Vaccine operations Central Provinces 1886-1899 - 1886-1899
Year: 1886
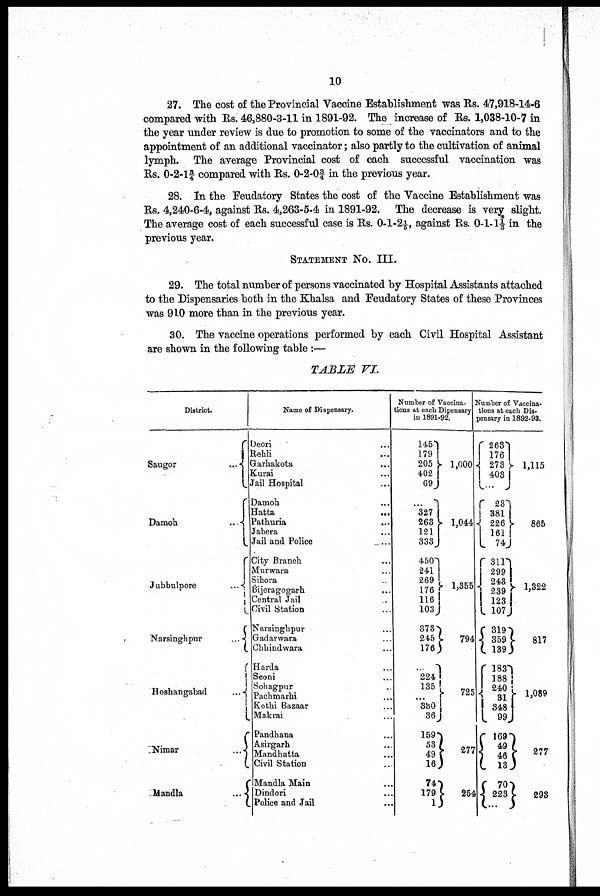
10
27. The cost of the Provincial Vaccine Establishment was Rs. 47,918-14-6
compared with Rs. 46,880-3-11 in 1891-92. The increase of Rs. 1,038-10-7 in
the year under review is due to promotion to some of the vaccinators and to the
appointment of an additional vaccinator; also partly to the cultivation of animal
lymph. The average Provincial cost of each successful vaccination was
Rs. 0-2-1 ¾ compared with Rs. 0-2-0¾ in the previous year.
28. In the Feudatory States the cost of the Vaccine Establishment was
Rs. 4,240-6-4, against Rs. 4,263-5-4 in 1891-92. The decrease is very slight.
The average cost of each successful case is Rs. 0-1-2 1/5, against Rs. 0-1-1 1/3 in the
previous year.
STATEMENT No. III.
29. The total number of persons vaccinated by Hospital Assistants attached
to the Dispensaries both in the Khalsa and Feudatory States of these Provinces
was 910 more than in the previous year.
30. The vaccine operations performed by each Civil Hospital Assistant
are shown in the following table:—
TABLE
VI.
District.
Saugor
...
Damoh
...
Jubbulpore
...
Narsinghpur
...
Hoshangabad
...
Nimar
...
Mandla
...
Name of Dispensary.
Deori ...
Rehli ...
Garhakota ...
Kurai ...
Jail Hospital ...
Damoh ...
Hatta
...
Pathuria ...
Jabera ...
Jail and Police ...
City Branch ...
Murwara ...
Sihora ...
Bijeragogarh
...
Central Jail ...
Civil Station ...
Narsinghpur ...
Gadarwara ...
Chhindwara ...
Harda ...
Seoni ...
Sohagpur ...
Pachmarhi ...
Kothi Bazaar ...
Makrai ...
Pandhana ...
Asirgarh ...
Mandhatta ...
Civil Station ...
Mandla Main ...
Dindori ...
Police and Jail ...
Number of Vaccina-
tions at each Dipensary
in 1891-92.
145
179
205
402
69
...
327
263
121
333
450
241
269
176
116
103
373
245
176
...
224
135
...
330
36
159
53
49
16
74
179
1
1,000
1,044
1,355
794
725
277
254
Number of Vaccina-
tions at each Dis-
pensary in 1892-93.
263
176
273
403
...
23
381
226
161
74
311
299
243
239
123
107
319
359
139
183
188
240
31
348
99
169
49
46
13
70
223
...
1,115
865
1,322
817
1,089
277
293